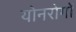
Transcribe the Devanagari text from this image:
योनरोगों